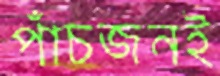
পাঁচজনই